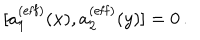
LaTeX: [ a _ { 1 } ^ { ( \mathrm { e f f } ) } ( x ) , a _ { 2 } ^ { ( \mathrm { e f f } ) } ( y ) ] = 0 \, .